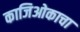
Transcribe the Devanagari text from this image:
काजिओकाचा